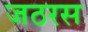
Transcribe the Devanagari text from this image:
जठरस